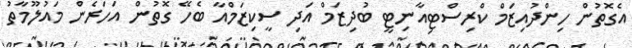
އެގޮތުން ހިންދުއިޒަމް ކްރިސްޓިއާނިޓީ ބުދިޒަމް އަދި ސީކިޒަމްއާ ބެހޭ ގޮތުން އަހަރެން މައުލޫމާތު